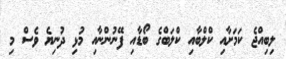
ލިބިއްޖެ ކަމަށާއި ކްލްބާއި ކްލަބްގެ ބޯޑާއި ފޭނުންނާއި މުޅި ދުނިޔެ ވެސް މި